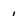
Character: 1